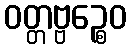
ဝတ္တဗ္ဗဉ္စေဝ